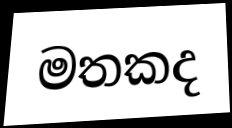
මතකද